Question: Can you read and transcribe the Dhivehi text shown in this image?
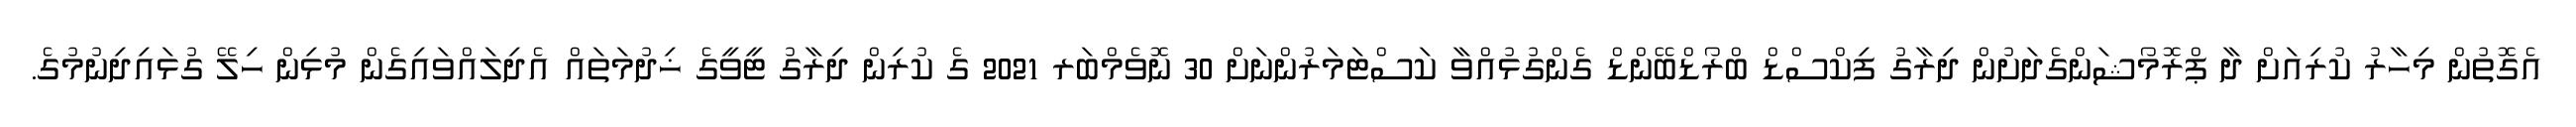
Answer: އެގޮތުން މިހާރު ކުރިއަށް ދާ ޕްރޮމޯޝަންގެދަށުން ދިރާގު ފިކްސްޑް ބްރޯޑްބޭންޑް ގެންގުޅުއްވާ ކަސްޓަމަރުންނަށް 30 ނޮވެމްބަރ 2021 ގެ ކުރިން ދިރާގު ޓީވީގެ ޚިދުމަތައް އެދިލައްވައިގެން މުޅިން ހިލޭ ގުޅައިދިނުމުގެ.